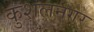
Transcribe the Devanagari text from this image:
कुशलनगर